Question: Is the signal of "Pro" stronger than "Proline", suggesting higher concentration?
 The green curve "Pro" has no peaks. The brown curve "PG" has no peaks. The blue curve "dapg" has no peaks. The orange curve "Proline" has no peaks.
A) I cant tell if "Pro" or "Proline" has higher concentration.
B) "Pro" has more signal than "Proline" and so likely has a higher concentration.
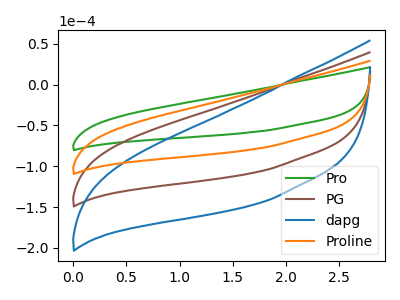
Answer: <think>Neither "Pro" or "Proline" have any peaks.
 </think>
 <answer>A) I cant tell if "Pro" or "Proline" has higher concentration.</answer>
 <eval>A</eval>